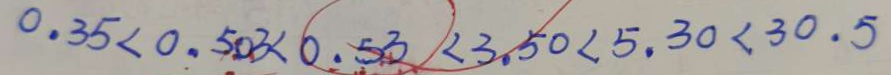
0 . 3 5 < 0 . 5 0 3 < 0 . 5 3 < 3 . 5 0 < 5 . 3 0 < 3 0 . 5